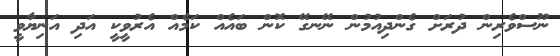
ނޫސްވެރިން ދުރަށް ގެންދިއުމުން ނޭނގޭ ކޮން ބައެއް ކަމެއް އެރުވީކީ އަދި އަނިޔާވީ